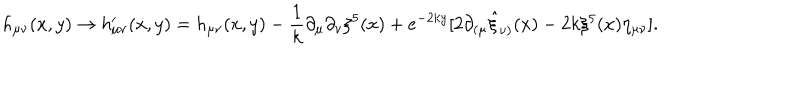
LaTeX: h _ { \mu \nu } ( x , y ) \rightarrow h _ { \mu \nu } ^ { \prime } ( x , y ) = h _ { \mu \nu } ( x , y ) - \frac { 1 } { k } \partial _ { \mu } \partial _ { \nu } \xi ^ { 5 } ( x ) + e ^ { - 2 k y } [ 2 \partial _ { ( \mu } \hat { \xi } _ { \nu ) } ( x ) - 2 k \xi ^ { 5 } ( x ) \eta _ { \mu \nu } ] .